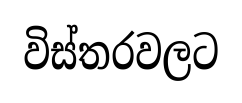
විස්තරවලට